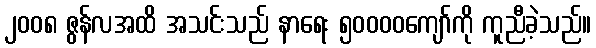
၂၀၀၈ ဇွန်လအထိ အသင်းသည် နာရေး ၅၀၀၀၀ကျော်ကို ကူညီခဲ့သည်။